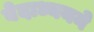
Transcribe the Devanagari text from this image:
वेदाध्ययने